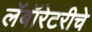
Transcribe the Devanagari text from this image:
लॅबॉरेटरीचे